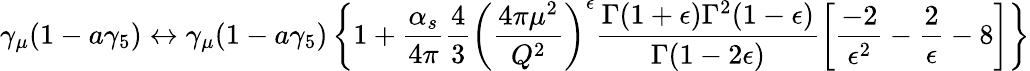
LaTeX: \gamma_{\mu}(1-a\gamma_{5})\leftrightarrow\gamma_{\mu}(1-a\gamma_{5})\left\{ 1+\frac{\alpha_{s}}{4\pi}\frac{4}{3}\left(\frac{4\pi\mu^{2}}{Q^{2}}\right)^{\epsilon}\frac{\Gamma(1+\epsilon)\Gamma^{2}(1-\epsilon)}{\Gamma(1-2\epsilon)}\left[\frac{-2}{\epsilon^{2}}-\frac{2}{\epsilon}-8\right]\right\}